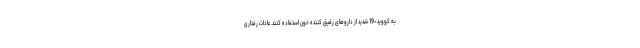
به کووید-19 شدید از داروهای رقیق کننده خون استفاده کنند. عادات رفتاری